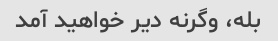
بله، وگرنه دیر خواهید آمد